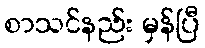
စာသင်နည်း မှန်ပြီ